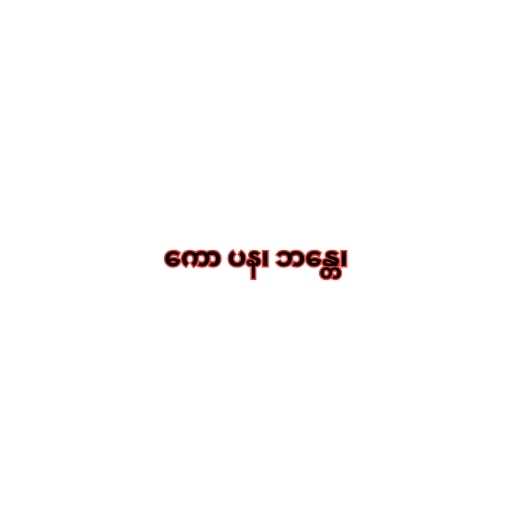
ကော ပန၊ ဘန္တေ၊